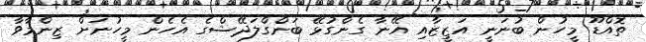
ތޮއްޑޫ މީހުން ބުނަނީ އަޒީޒާއި އޭނާ ގެންގުޅޭ ބަންގްލަދޭޝްގެ އެހެން މީހުނަށް ޒިންމާވާ